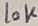
Text: 10K